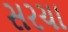
સરચા